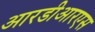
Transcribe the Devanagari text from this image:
आरडीआरएस